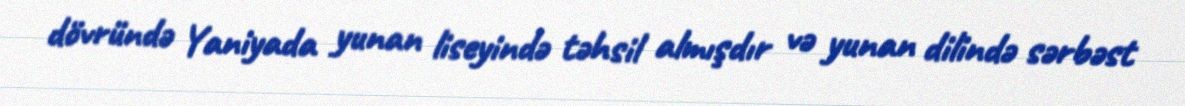
dövründə Yaniyada yunan liseyində təhsil almışdır və yunan dilində sərbəst